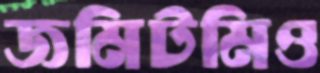
জমিটমিও